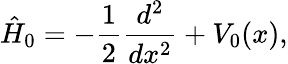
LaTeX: \hat{H}_{0}=-\frac{1}{2}\frac{d^{2}}{dx^{2}}+V_{0}(x),